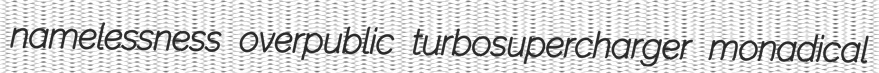
namelessness overpublic turbosupercharger monadical